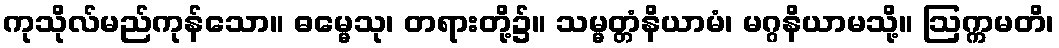
ကုသိုလ်မည်ကုန်သော။ ဓမ္မေသု၊ တရားတို့၌။ သမ္မတ္တံနိယာမံ၊ မဂ္ဂနိယာမသို့။ ဩက္ကမတိ၊